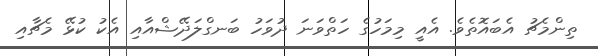
ތިންމެޗު އެބައޮތެވެ. އެއީ މިމަހުގެ ހަތްވަނަ ދުވަހު ބަނގްލަދޭޝްއާއި އެކު ކުޅޭ މެޗާއި